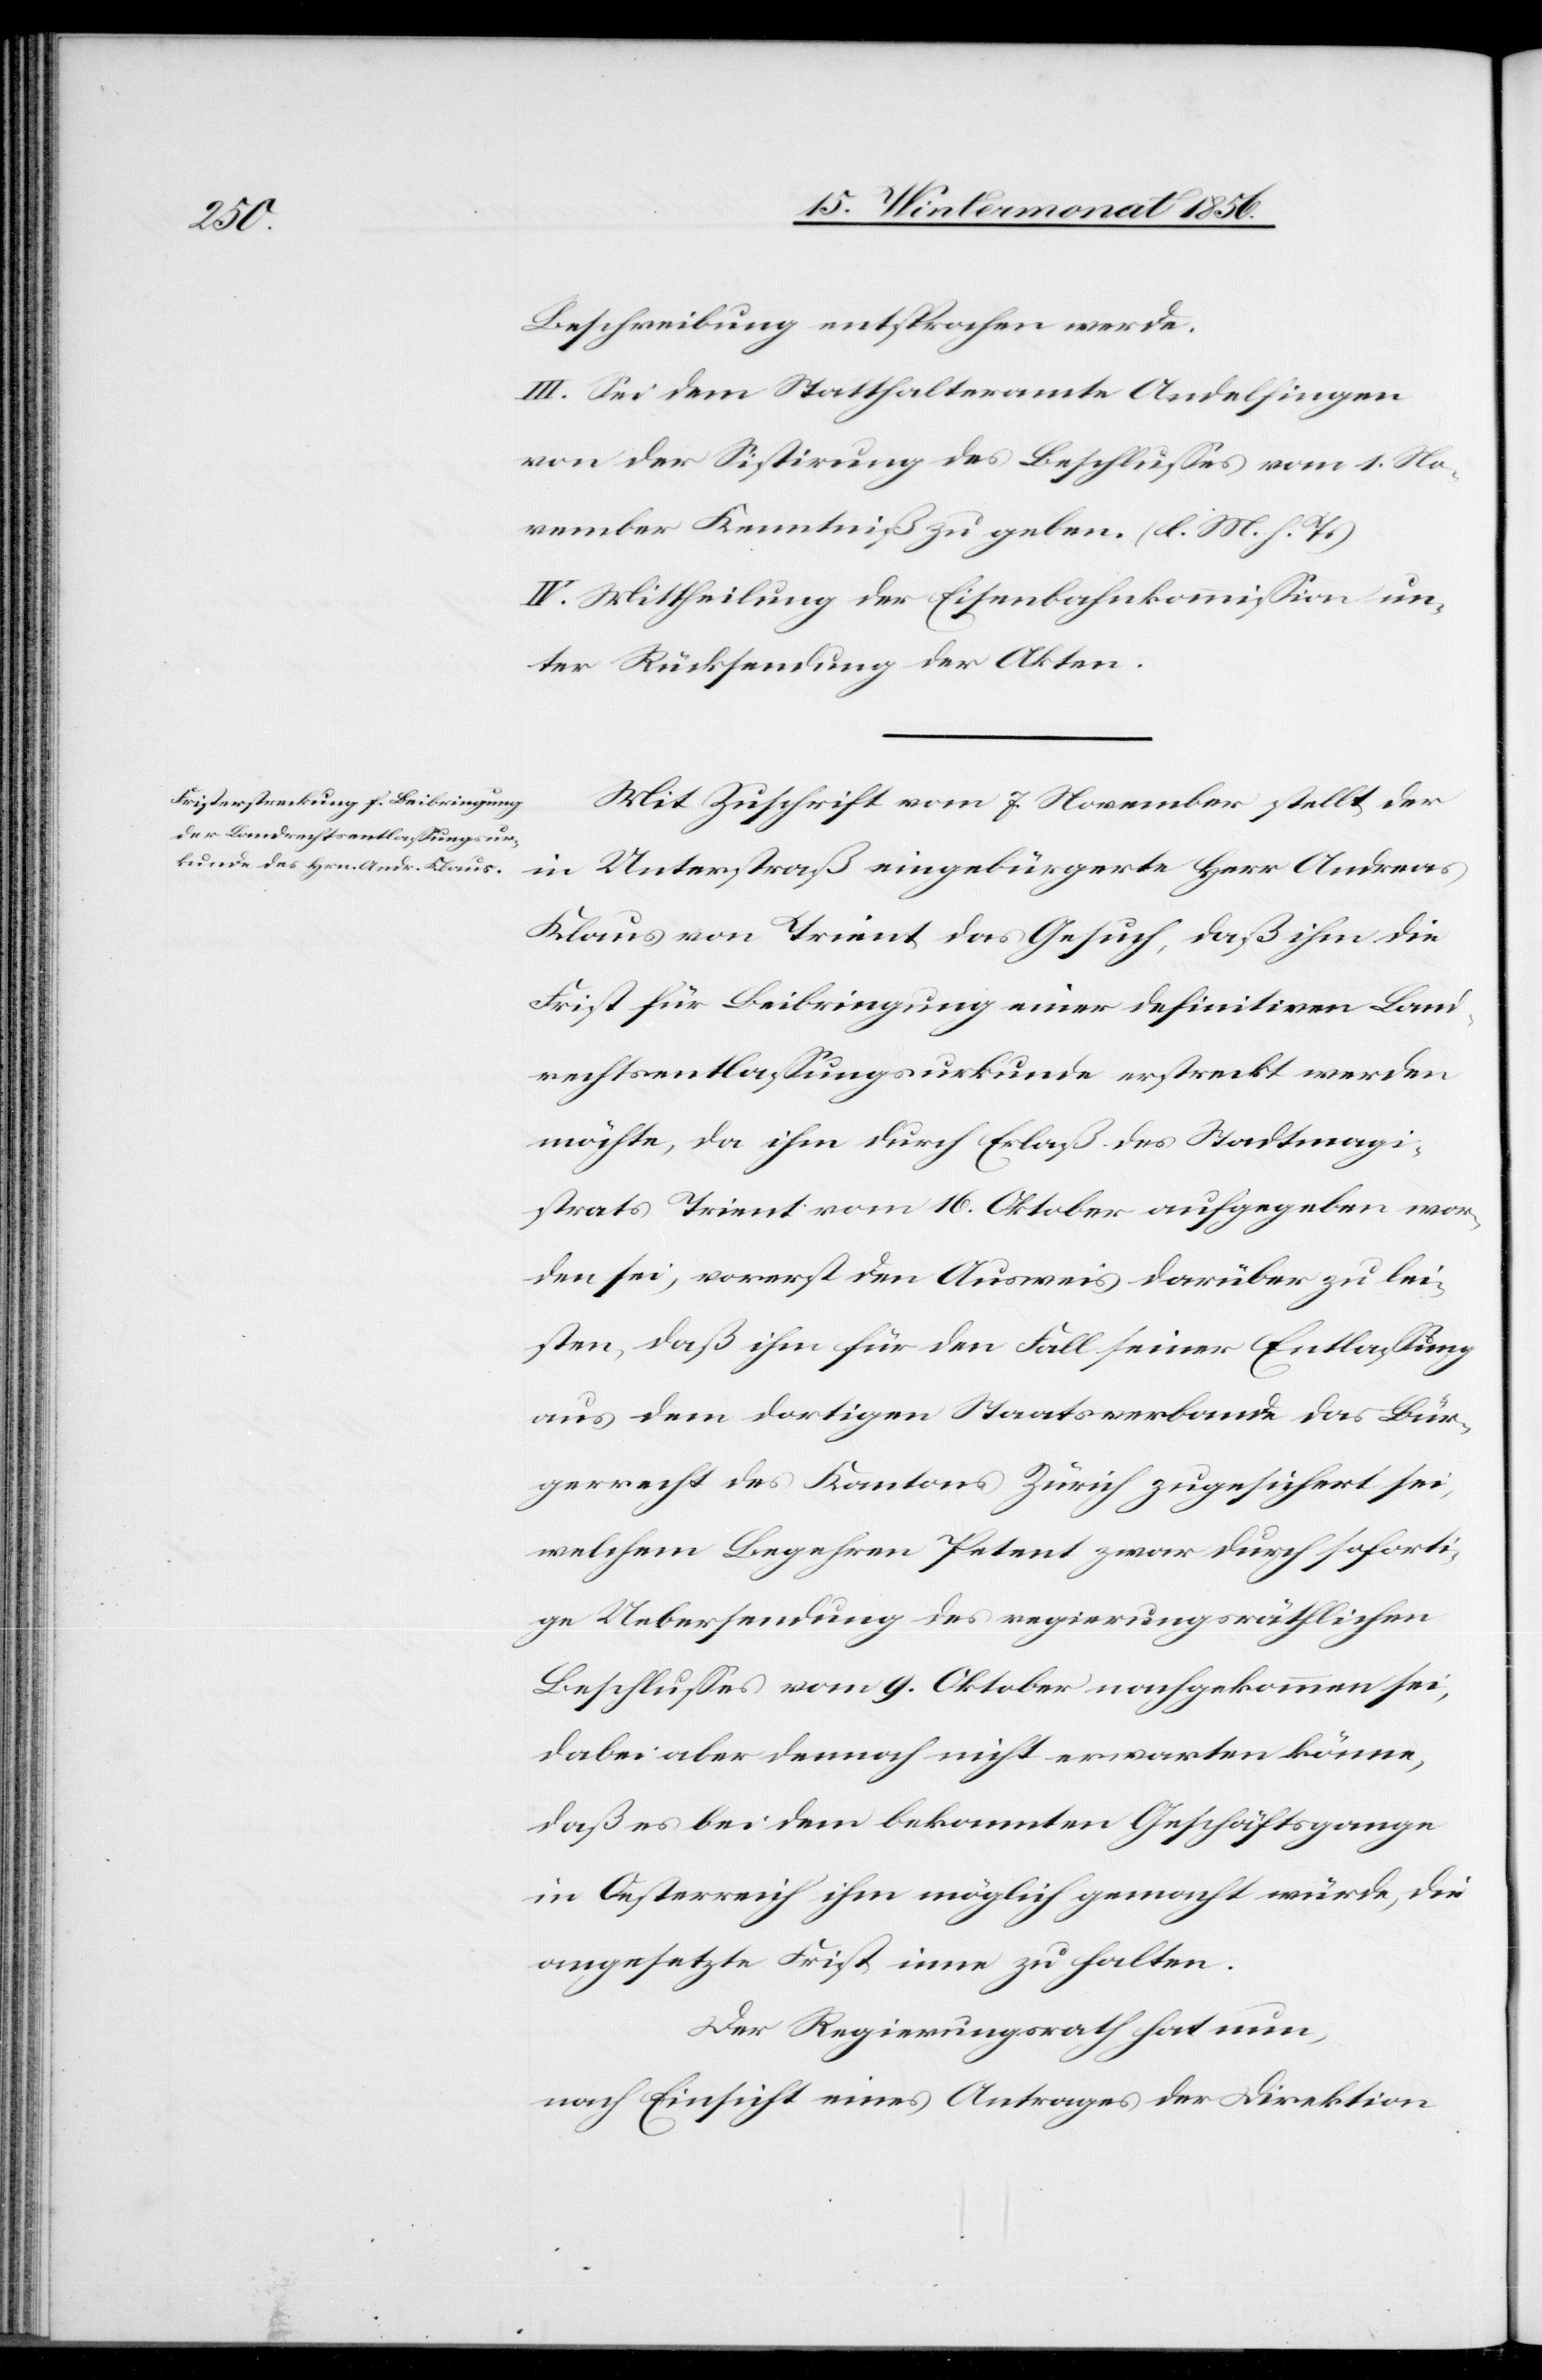
Beschreibung entsprochen werde.
III. Sei dem Statthalteramte Andelfingen
von der Sistirung des Beschlusses vom 1. No¬
vember Kenntniß zu geben. (l. M. h. T.)
IV. Mittheilung der Eisenbahnkommission un¬
ter Rücksendung der Akten.
Mit Zuschrift vom 7. November stellt der
in Unterstraß eingebürgerte Herr Andreas
Klaus von Trient das Gesuch, daß ihm die
Frist für Beibringung einer definitiven Land¬
rechtsentlassungsurkunde erstreckt werden
möchte, da ihm durch Erlaß das Stadtmagi¬
strats Trient vom 16. Oktober aufgegeben wor¬
den sei, vorerst den Ausweis darüber zu lei¬
sten, daß ihm für den Fall seiner Entlassung
aus dem dortigen Staatsverbande das Bür¬
gerrecht des Kantons Zürich zugesichert sei,
welchem Begehren Petent zwar durch soforti¬
ge Uebersendung des regierungsräthlichen
Beschlusses vom 9. Oktober nachgekommen sei,
dabei aber dennoch nicht erwarten könne,
daß es bei dem bekannten Geschäftsgange
in Oesterreich ihm möglich gemacht würde, die
angesetzte Frist inne zu halten.
Der Regierungsrath hat nun,
nach Einsicht eines Antrages der Direktion